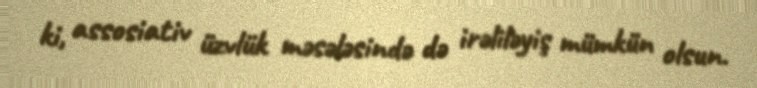
ki, assosiativ üzvlük məsələsində də irəliləyiş mümkün olsun.